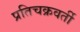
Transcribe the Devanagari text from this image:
प्रतिचक्रवर्ती